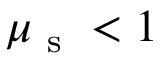
\mu _ { \mathrm { ~ s ~ } } < 1